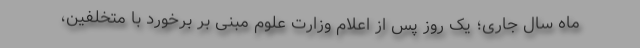
ماه سال جاری؛ یک روز پس از اعلام وزارت علوم مبنی بر برخورد با متخلفین،